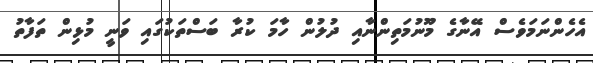
އެހެންނަމަވެސް އޭނާގެ މޫނުމަތިންނާއި ދުލުން ހާމަ ކުރާ ބަސްތަކުގައި ވަނީ މުޅިން ތަފާތު